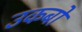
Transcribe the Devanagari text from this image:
उकबो